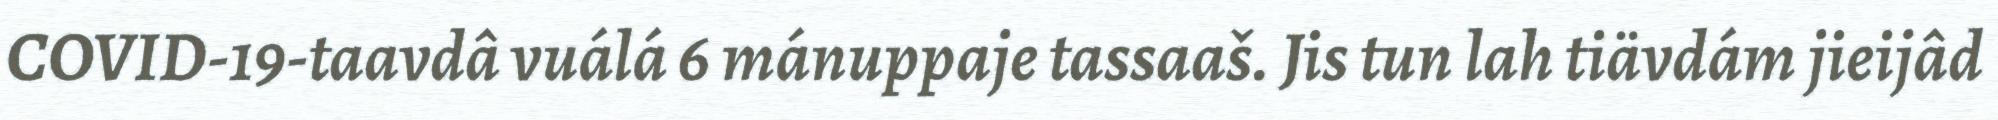
COVID-19-taavdâ vuálá 6 mánuppaje tassaaš. Jis tun lah tiävdám jieijâd